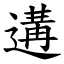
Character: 遘